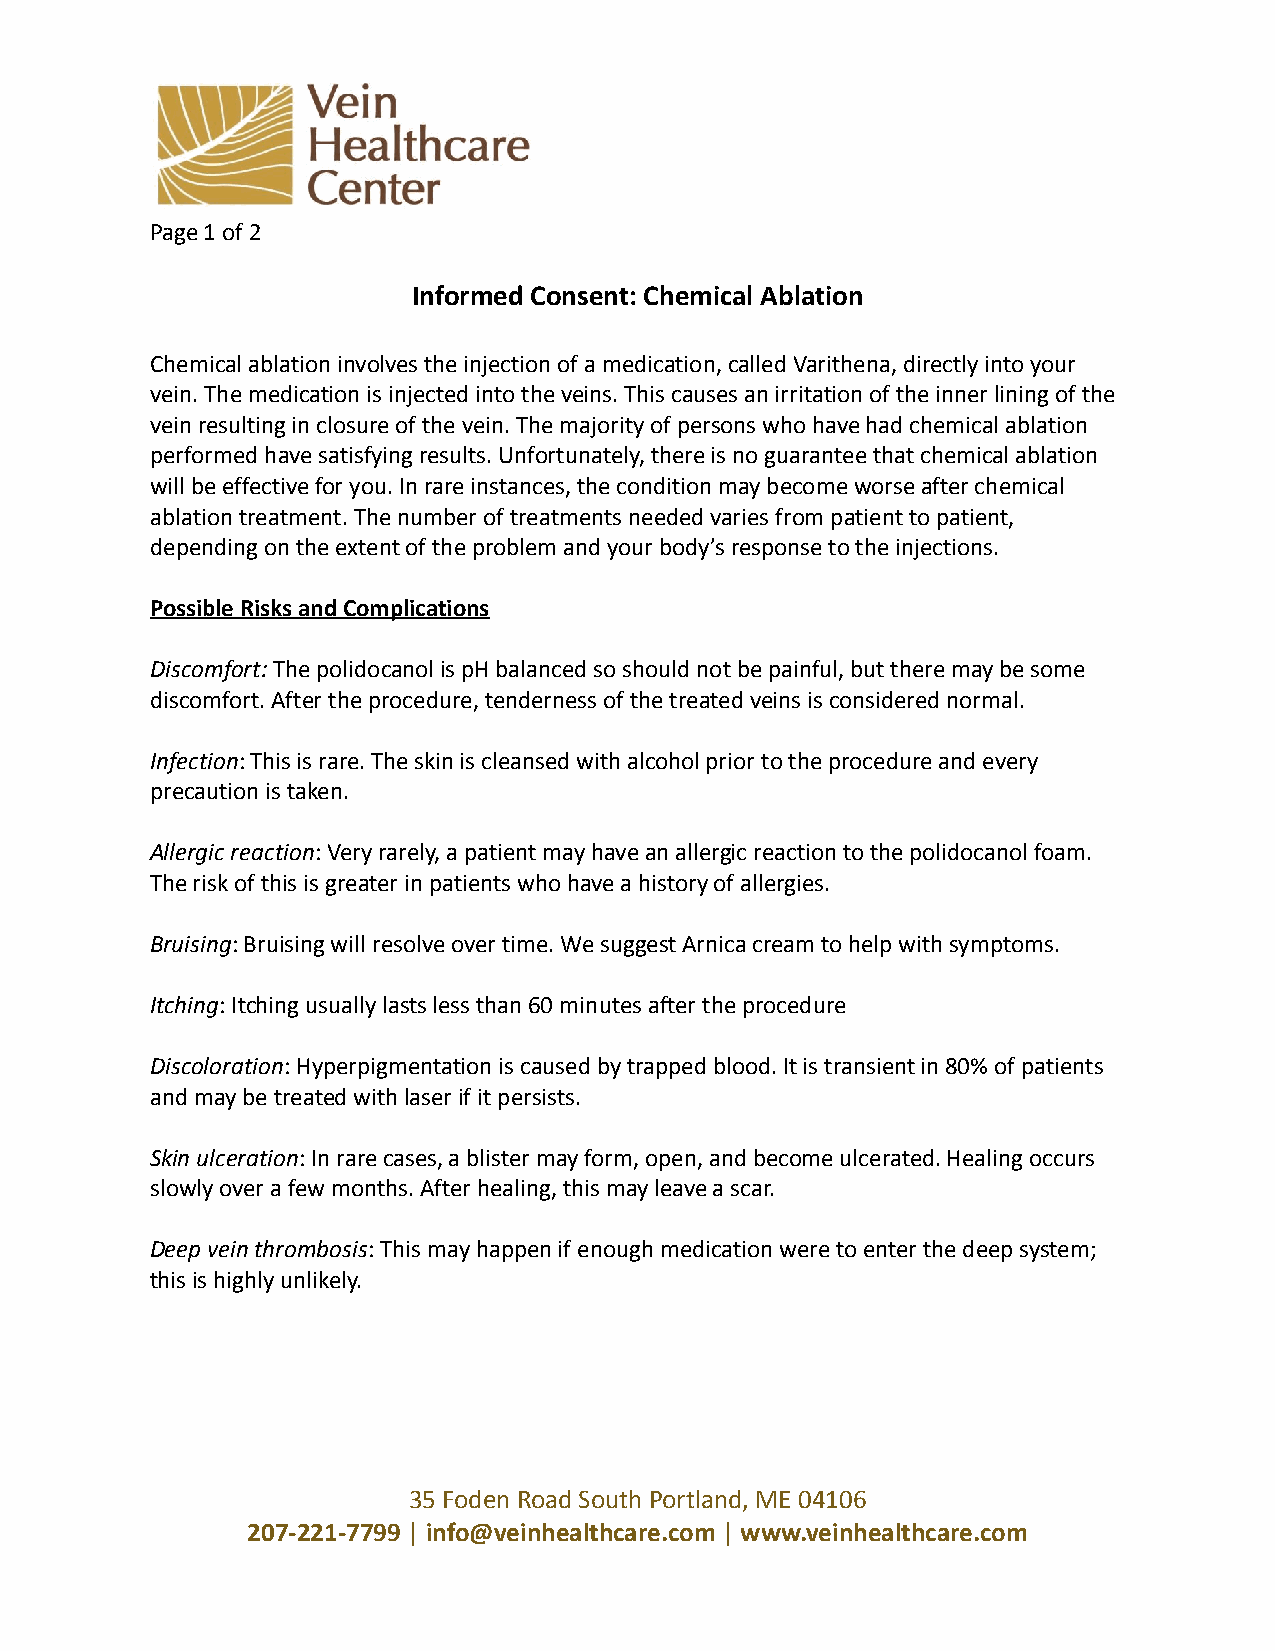
Page 1 of 2
 Informed Consent: Chemical Ablation
 Chemical ablation involves the injection of a medication, called Varithena, directly into your
 vein. The medication is injected into the veins. This causes an irritation of the inner lining of the
 vein resulting in closure of the vein. The majority of persons who have had chemical ablation
 performed have satisfying results. Unfortunately, there is no guarantee that chemical ablation
 will be effective for you. In rare instances, the condition may become worse after chemical
 ablation treatment. The number of treatments needed varies from patient to patient,
 depending on the extent of the problem and your body’s response to the injections.
 Possible Risks and Complications
 Discomfort:The polidocanol is pH balanced so shouldnot be painful, but there may be some
 discomfort. After the procedure, tenderness of the treated veins is considered normal.
 Infection: This is rare. The skin is cleansed withalcohol prior to the procedure and every
 precaution is taken.
 Allergic reaction: Very rarely, a patient may havean allergic reaction to the polidocanol foam.
 The risk of this is greater in patients who have a history of allergies.
 Bruising: Bruising will resolve over time. We suggestArnica cream to help with symptoms.
 Itching: Itching usually lasts less than 60 minutesafter the procedure
 Discoloration: Hyperpigmentation is caused by trappedblood. It is transient in 80% of patients
 and may be treated with laser if it persists.
 Skin ulceration: In rare cases, a blister may form,open, and become ulcerated. Healing occurs
 slowly over a few months. After healing, this may leave a scar.
 Deep vein thrombosis: This may happen if enough medicationwere to enter the deep system;
 this is highly unlikely.
 35 Foden Road South Portland, ME 04106
 207-221-7799|info@veinhealthcare.com|www.veinhealthcare.com